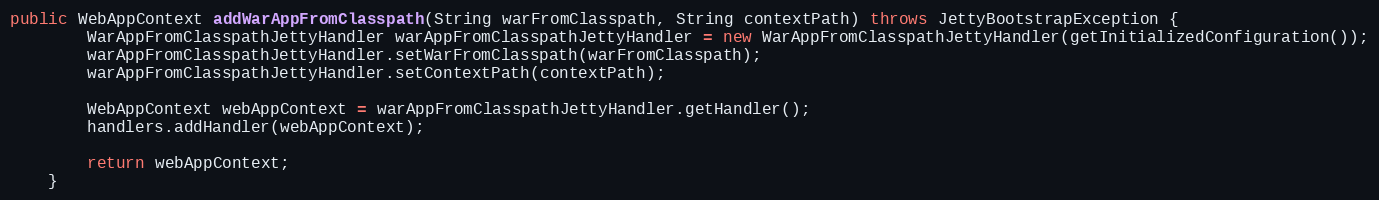
Language: Java
public WebAppContext addWarAppFromClasspath(String warFromClasspath, String contextPath) throws JettyBootstrapException {
        WarAppFromClasspathJettyHandler warAppFromClasspathJettyHandler = new WarAppFromClasspathJettyHandler(getInitializedConfiguration());
        warAppFromClasspathJettyHandler.setWarFromClasspath(warFromClasspath);
        warAppFromClasspathJettyHandler.setContextPath(contextPath);

        WebAppContext webAppContext = warAppFromClasspathJettyHandler.getHandler();
        handlers.addHandler(webAppContext);

        return webAppContext;
    }